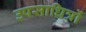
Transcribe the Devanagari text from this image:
उपसाधित्रों